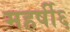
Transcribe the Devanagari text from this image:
महर्षी६